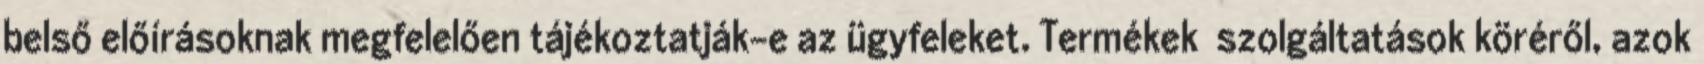
belső előírásoknak megfelelően tájékoztatják-e az ügyfeleket. Termékek szolgáltatások köréről, azok